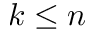
k \leq n